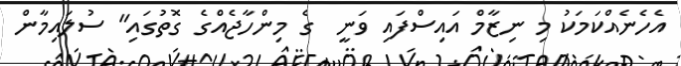
އެހެނެއްކަމަކު މި ނިޒާމް އައިސްފައި ވަނީ  ގެ މިންހާޖެއްގެ ގޮތުގައި" ސުލައިމާން